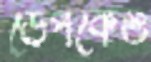
ডেপকেও